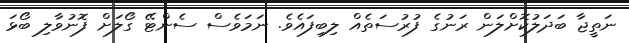
ނަތީޖާ ބަދަލުކޮށްލަން ރަނުގެ ފުރުސަތެއް ލިބިފައެވެ. ނަމަވެސް ސެންޓޭ ގޯލަށް ފޮނުވާލި ބޯޅަ